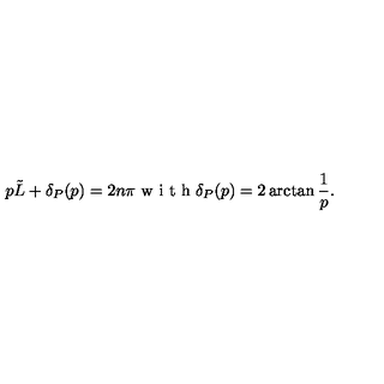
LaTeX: p \tilde { L } + \delta _ { P } ( p ) = 2 n \pi \textrm { w i t h } \delta _ { P } ( p ) = 2 \arctan \frac { 1 } { p } .